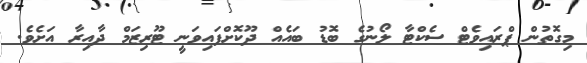
މިގޮތުން ޕްރައިވެޓް ސެކްޓާ ލޯނުގެ ބޮޑު ބައެއް ދޫކޮށްފައިވަނީ ޓޫރިޒަމް ދާއިރާ އަށެވެ.